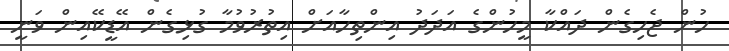
ހުން ޖެހިގެން ދައްކާ މީހުންގެ އަދަދު އިންތިހާއަށް އިތުރުވުމާ ގުޅިގެން އޭޑީކޭއިން ވަނީ